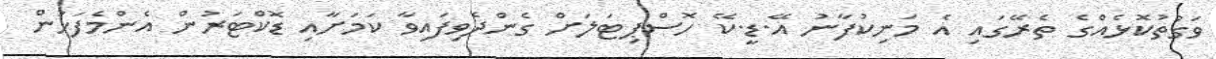
ވަގުތުކޮޅެއްގެ ތެރޭގައި އެ މަނިކުފާނު އޭ.ޑީ.ކޭ ހޮސްޕިޓަލަށް ގެންދެވިފައިވާ ކަމަށާއި ޑޮކްޓަރުން އެންމެފަހުން